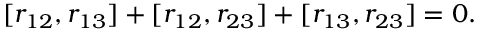
[ r _ { 1 2 } , r _ { 1 3 } ] + [ r _ { 1 2 } , r _ { 2 3 } ] + [ r _ { 1 3 } , r _ { 2 3 } ] = 0 .